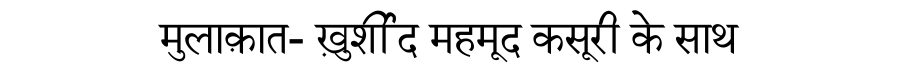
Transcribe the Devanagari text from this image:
मुलाक़ात- ख़ुर्शीद महमूद कसूरी के साथ